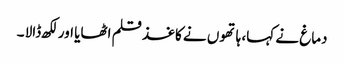
دماغ نے کہا، ہاتھوں نے کاغذ قلم اٹھایا اور لکھ ڈالا ۔